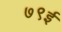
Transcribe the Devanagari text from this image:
७९ई